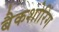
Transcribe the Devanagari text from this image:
बैकशोरिंग